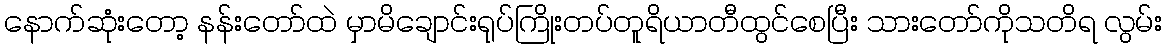
နောက်ဆုံးတော့ နန်းတော်ထဲ မှာမိချောင်းရုပ်ကြိုးတပ်တူရိယာတီထွင်စေပြီး သားတော်ကိုသတိရ လွမ်း